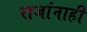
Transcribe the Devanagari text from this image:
राजांनाही